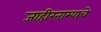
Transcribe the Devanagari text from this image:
जाहीरनाम्याचे